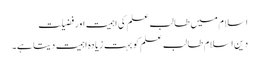
اسلام میں طالب علم کی اہمیت اور فضیلت
دین اسلام طالب علم کو بہت زیادہ اہمیت دیتا ہے۔